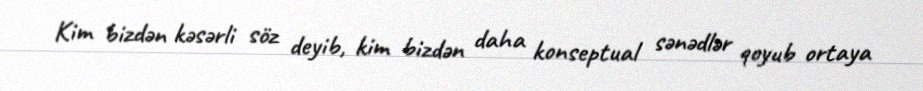
Kim bizdən kəsərli söz deyib, kim bizdən daha konseptual sənədlər qoyub ortaya